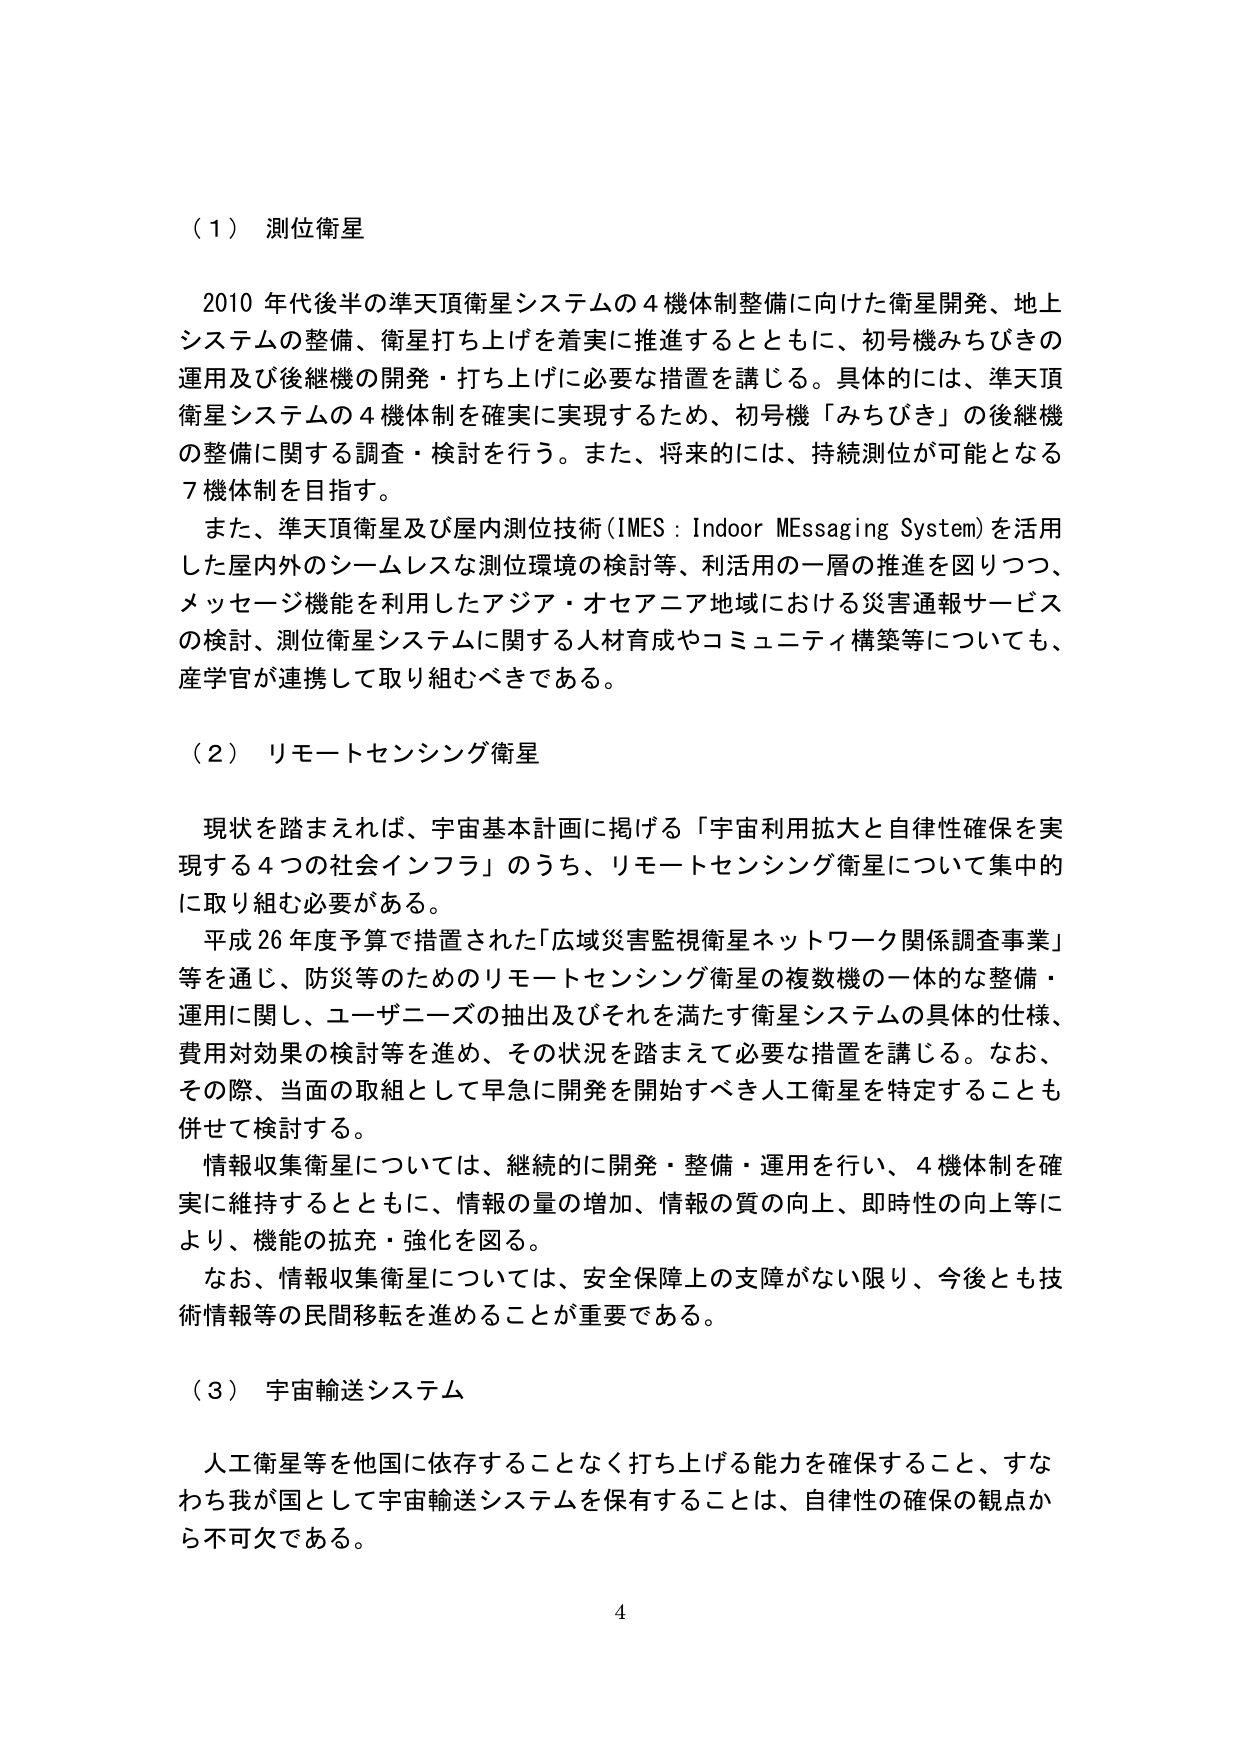
（１） 測位衛星

2010 年代後半の準天頂衛星システムの４機体制整備に向けた衛星開発、地上システムの整備、衛星打ち上げを着実に推進するとともに、初号機みちびきの運用及び後継機の開発・打ち上げに必要な措置を講じる。具体的には、準天頂衛星システムの４機体制を確実に実現するため、初号機「みちびき」の後継機の整備に関する調査・検討を行う。また、将来的には、持続測位が可能となる７機体制を目指す。

また、準天頂衛星及び屋内測位技術（IMES：Indoor Messaging System）を活用した屋内外のシームレスな測位環境の検討等、利活用の一層の推進を図りつつ、メッセージ機能を利用したアジア・オセアニア地域における災害通報サービスの検討、測位衛星システムに関する人材育成やコミュニティ構築等についても、産学官が連携して取り組むべきである。

（２） リモートセンシング衛星

現状を踏まえれば、宇宙基本計画に掲げる「宇宙利用拡大と自律性確保を実現する４つの社会インフラ」のうち、リモートセンシング衛星について集中的に取り組む必要がある。

平成26年度予算で措置された「広域災害監視衛星ネットワーク関係調査事業」等を通じ、防災等のためのリモートセンシング衛星の複数機の一体的な整備・運用に関し、ユーザニーズの抽出及びそれを満たす衛星システムの具体的仕様、費用対効果の検討等を進め、その状況を踏まえて必要な措置を講じる。なお、その際、当面の取組として早急に開発を開始すべき人工衛星を特定することも併せて検討する。

情報収集衛星については、継続的に開発・整備・運用を行い、４機体制を確実に維持するとともに、情報の量の増加、情報の質の向上、即時性の向上等により、機能の拡充・強化を図る。

なお、情報収集衛星については、安全保障上の支障がない限り、今後とも技術情報等の民間移転を進めることが重要である。

（３） 宇宙輸送システム

人工衛星等を他国に依存することなく打ち上げる能力を確保すること、すなわち我が国として宇宙輸送システムを保有することは、自律性の確保の観点から不可欠である。

4